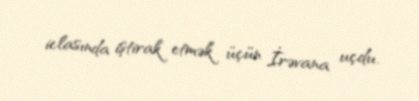
iclasında iştirak etmək üçün İrəvana uçdu.